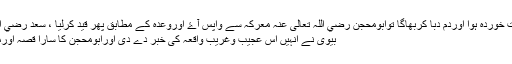
جب دشمن شکست خوردہ ہوا اوردم دبا کربھاگا توابومحجن رضي اللہ تعالی عنہ معرکہ سے واپس آۓ اوروعدہ کے مطابق پھر قید کرلیا ، سعد رضي اللہ تعالی عنہ کی
بیوی نے انہیں اس عجیب وغریب واقعہ کی خبر دے دی اورابومحجن کا سارا قصہ اورماجرابیان کردیا ۔